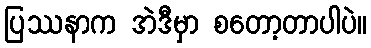
ပြဿနာက အဲဒီမှာ စတော့တာပါပဲ။